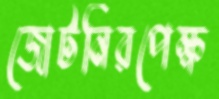
জোটনিরপেক্ষ